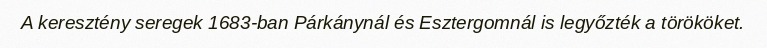
A keresztény seregek 1683-ban Párkánynál és Esztergomnál is legyőzték a törököket.